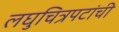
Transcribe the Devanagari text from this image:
लघुचित्रपटांची